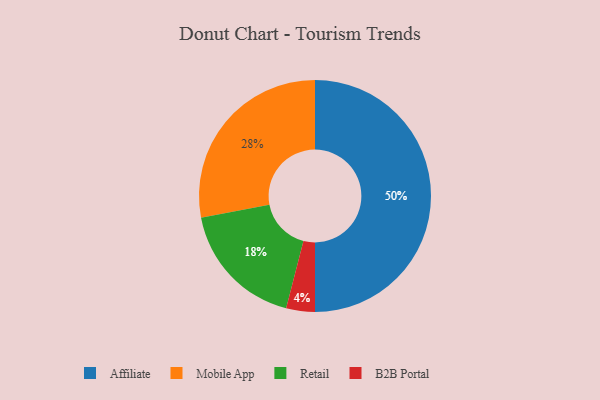
{"axis": {"x": "Category", "y": "Percentage"}, "legend": ["Affiliate", "B2B Portal", "Mobile App", "Retail"], "data": [{"x": "Mobile App", "y": 28, "type": "Mobile App"}, {"x": "Affiliate", "y": 50, "type": "Affiliate"}, {"x": "Retail", "y": 18, "type": "Retail"}, {"x": "B2B Portal", "y": 4, "type": "B2B Portal"}]}